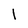
Character: l